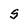
Character: S